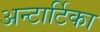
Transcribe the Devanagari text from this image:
अन्टार्टिका